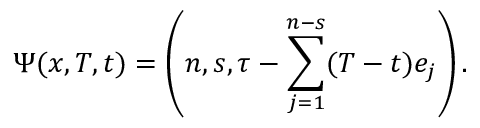
\Psi ( x , T , t ) = \left( n , s , \tau - \sum _ { j = 1 } ^ { n - s } ( T - t ) e _ { j } \right) .